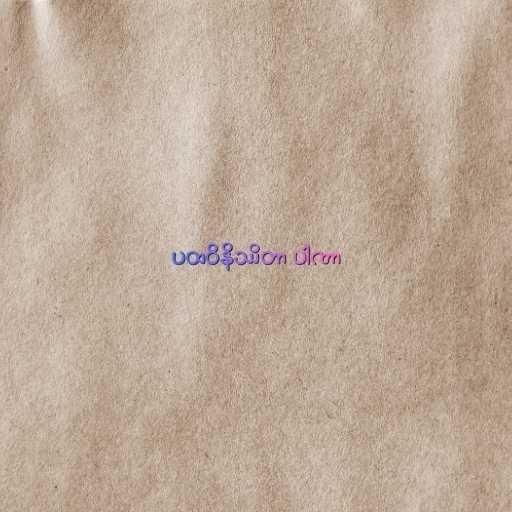
ပထဝိနိဿိတာ ပါဏာ